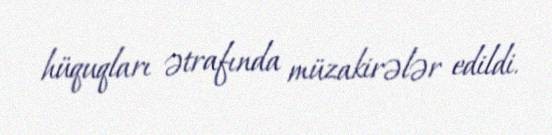
hüquqları ətrafında müzakirələr edildi.